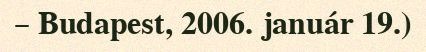
– Budapest, 2006. január 19.)